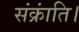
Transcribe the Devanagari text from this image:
संक्रांति।